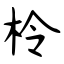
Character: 柃